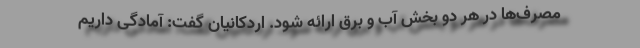
مصرف‌ها در هر دو بخش آب و برق ارائه شود. اردکانیان گفت: آمادگی داریم